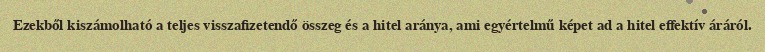
Ezekből kiszámolható a teljes visszafizetendő összeg és a hitel aránya, ami egyértelmű képet ad a hitel effektív áráról.